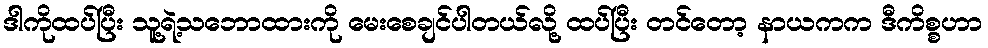
ဒါကိုထပ်ပြီး သူ့ရဲ့သဘောထားကို မေးစေချင်ပါတယ်လို့ ထပ်ပြီး တင်တော့ နာယကက ဒီကိစ္စဟာ